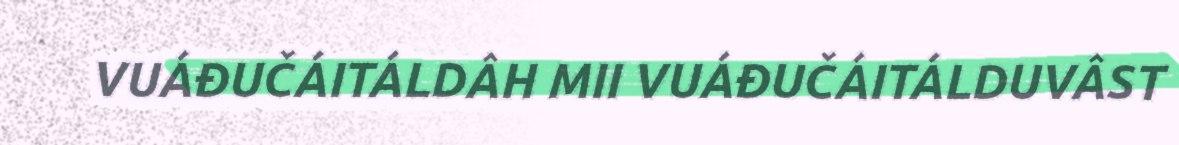
VUÁĐUČÁITÁLDÂH MII VUÁĐUČÁITÁLDUVÂST